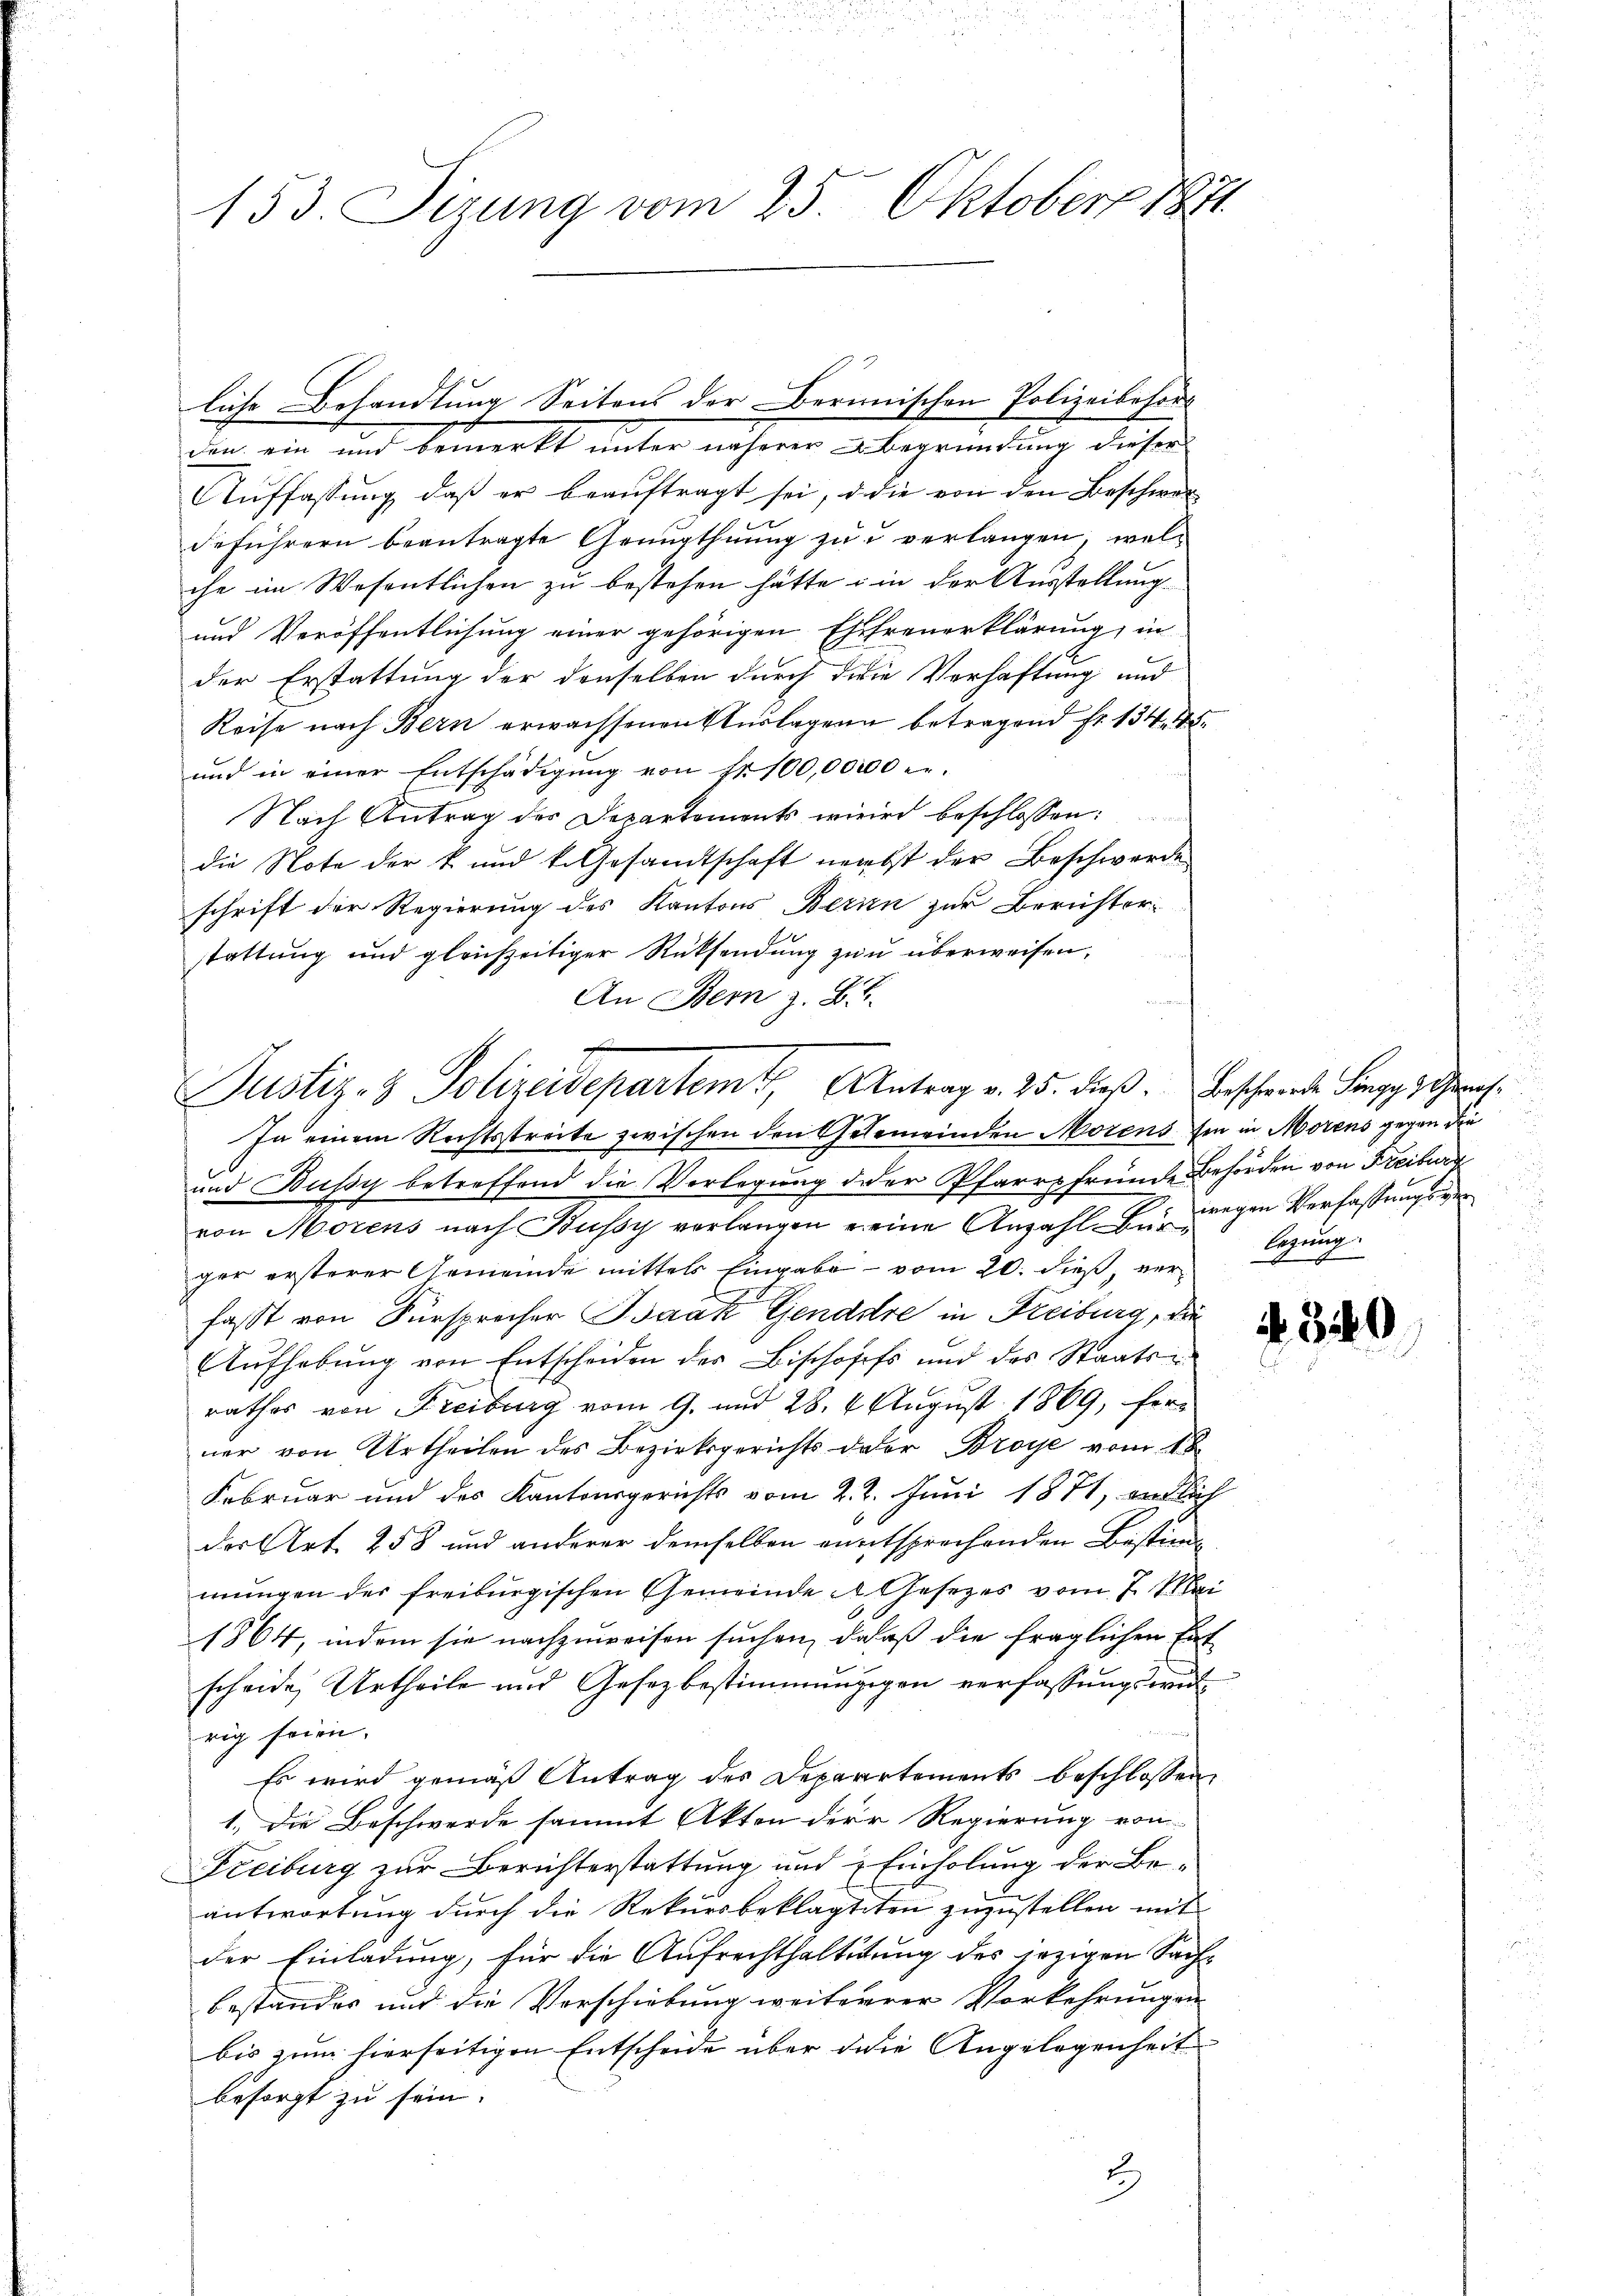
153. Sirung vom 25. Oktober 1871

den ein und bemerkt unter näheren Abegründung dieser
Auffassung, daß er beauftragt sei, d die von den Beschwer
deführern beantragte Genugthuung zu u. verlangen, welche im Wesentlichen zu bestehen hätte & in der Ausstellung
und Veröffentlichung einer gehörigen Ehefreuerklärung, in
der Erstattung der denselben durch die Verhaftung und
Reise nach Bern erwachsenen Auslagen betragend fr. 134, 15.
und in einer Entschädigung von Fr. 100,0000 er
Nach Antrag der Departements wird beschlossen:
die Note der k. und k. Gesandtschaft nebst der Beschwerde
schrift der Regierung des Kantons Berien zur Berichter-
stattung und gleichzeitiger Rücksendung zu überweisen,
An Bern z. B.
In einem Rechtsstreite zwischen den Gelemeinden Morens sie in Morens gegen die
und Bussy betreffend die Verlegung der Pfarrpfründe Behörden von Freiburg
von Morens nach Russy vorlangen ereine Anzahle bei Dingen Verfassŭngs
ger ersterer Gemeinde mittels Eingabe vom 20. dieβ legung
fast von Fürsprecher Baak Gendare in Freiburg, die
Aŭfhebung von Entscheiden des Bischoffs und des Staats-
rathes von Freiburg vom 9. und 28. 4 August 1869, ferner von Urtheilen des Bezirksgerichts dator Broye vom 18
Februar und des Kantonsgerichts vom 2. 2. Juni 1871, endlich
der Art. 258 und anderer demselben entsprechenden Bestimmungen der freiburgischen Gemeinde Gesetzes vom 7. Mai
1864, indem sie nachzuweisen suchen, daß die fraglichen Entscheide Urtheile und Gesezbestimmunggen verfassungsweilrig seien.
Es wird gemäß Antrag des Deparirtements beschlossen,
1.) Die Beschwerde sammt Akten der Regierung von
Freiburg zur Berichterstattung und Einholung der Beantwortung durch die Rekursbeklagtiten zuzustellen mit
der Einladung, für die Aufrechthaltetung des jezigen Sachbestandes und die Verschiebung weiterrer Vorkehrungen
bis zum hierseitigen Entscheide über die Angelegenheit
besorgt zu sein.

liche Behandlung Seitens der Bernischen Polizeibehörd

Justiz- & Polizeidepartemt, Antrag v. 25. dieß. Bescheine Frage ge¬

u

No. 320